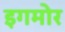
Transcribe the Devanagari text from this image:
इगमोर